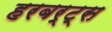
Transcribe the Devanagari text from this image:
हरबर्ट्स